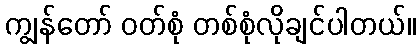
ကျွန်တော် ဝတ်စုံ တစ်စုံလိုချင်ပါတယ်။